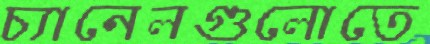
চ্যানেলগুলোতে